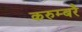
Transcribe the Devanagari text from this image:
करुम्बरै